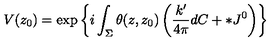
V ( z _ { 0 } ) = \exp \left\{ i \int _ { \Sigma } \theta ( z , z _ { 0 } ) \left( \frac { k ^ { \prime } } { 4 \pi } d C + * J ^ { 0 } \right) \right\}